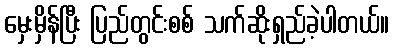
မှေးမှိန်ပြီး ပြည်တွင်းစစ် သက်ဆိုးရှည်ခဲ့ပါတယ်။